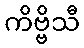
ကိဗ္ဗိသီ